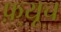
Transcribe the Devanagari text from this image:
फ़्यूच